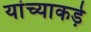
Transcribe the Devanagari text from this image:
यांच्याकड़े